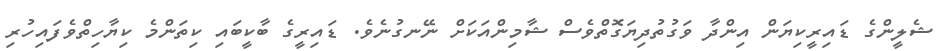
ޝެލީންގެ ޑައިރީކިޔަން އިންދާ ވަގުތުދިޔަގޮތްވެސް ޝާމިންއަކަށް ނޭނގުނެވެ. ޑައިރީގެ ބާކީބައި ކިތަންމެ ކިޔާހިތްވެފައިހުރި